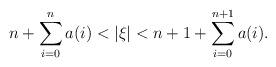
LaTeX: \begin{align*}n+\sum_{i=0}^{n} a(i) < |\xi| < n+1+ \sum_{i = 0}^{n+1} a(i) .\end{align*}